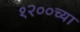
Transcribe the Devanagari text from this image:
१२००च्या